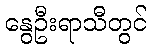
နွေဦးရာသီတွင်